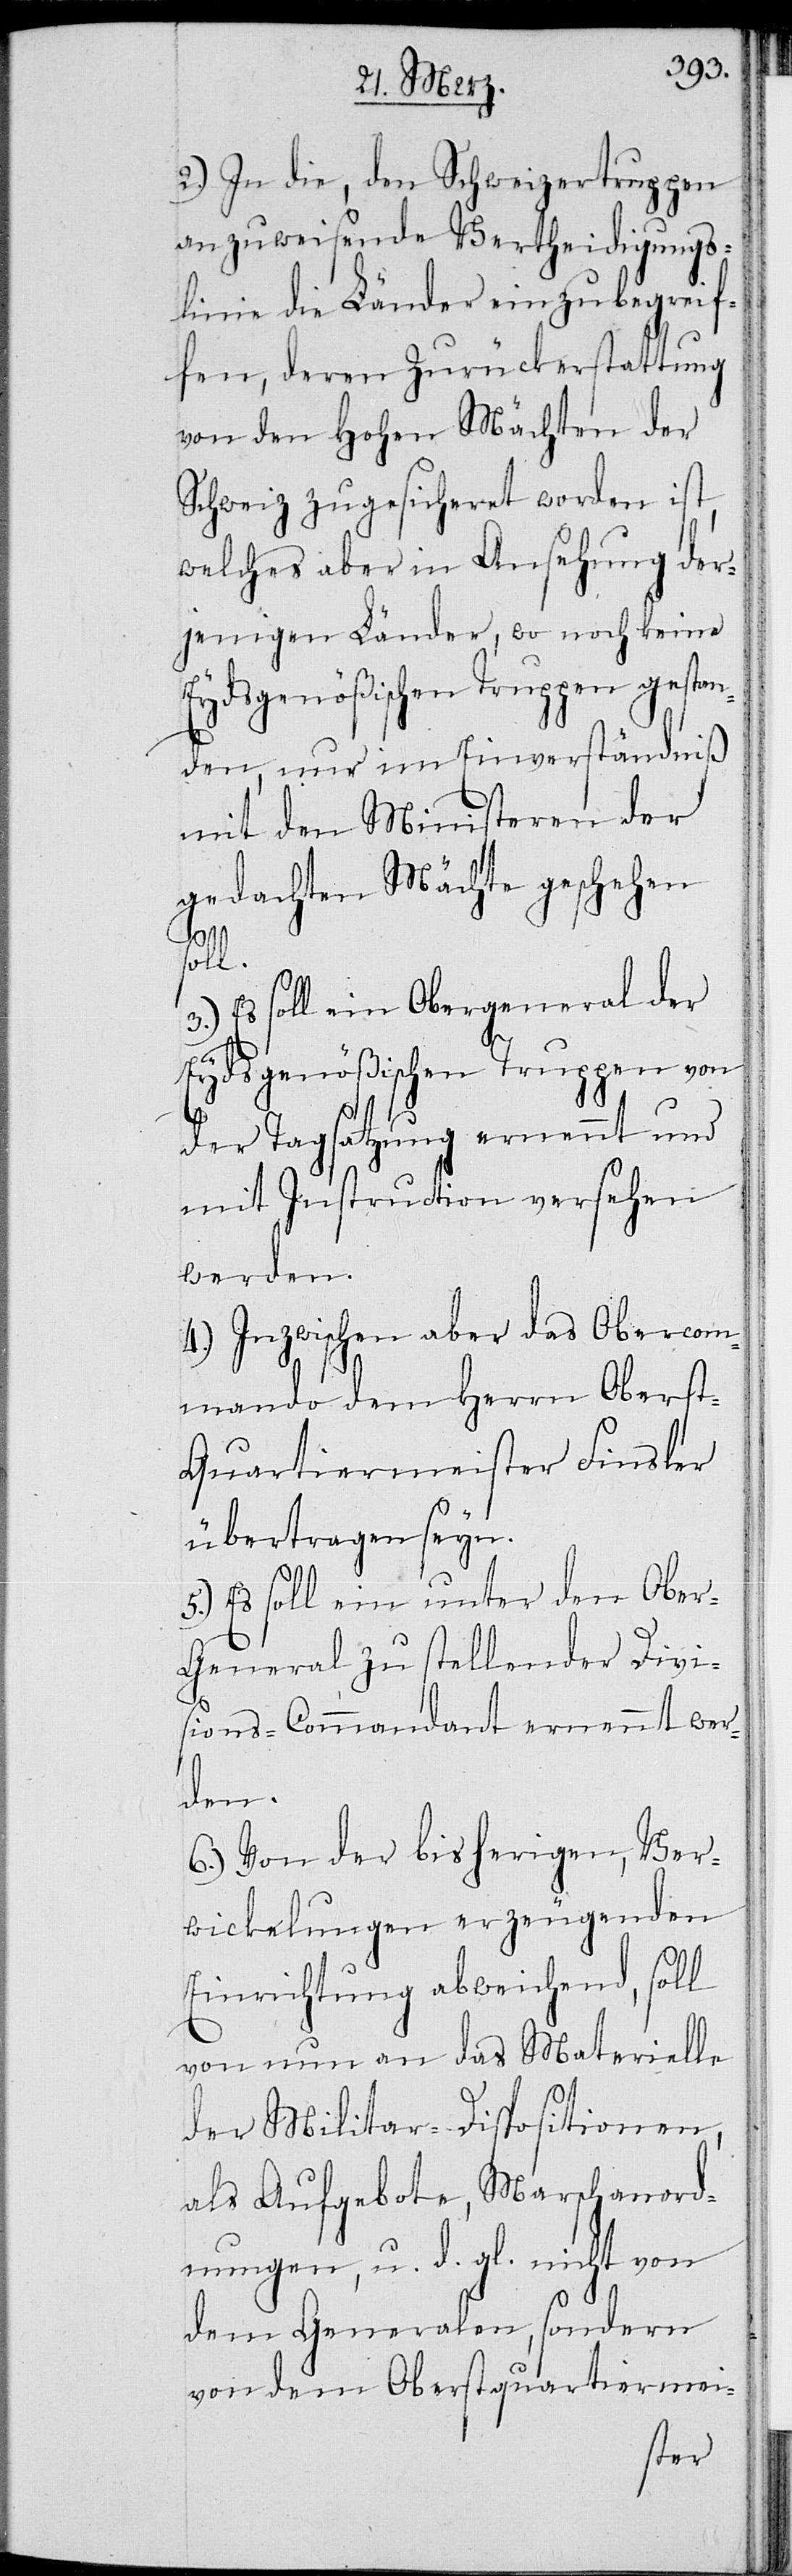
2.) In die, den Schweizertruppen
anzuweisende Verteidigungs¬
linie die Länder einzubegreif¬
fen, deren Zurückerstattung
von den Hohen Mächten der
Schweiz zugesicheret worden ist,
welches aber in Ansehung der¬
jenigen Länder, wo noch keine
Eydsgenößischen Truppen gestan¬
den, nur im Einverständniß
mit den Ministeren der
gedachten Mächte geschehen
soll.
3.) Es soll ein Obergeneral der
Eydsgenößischen Truppen von
der Tagsatzung ernennt und
mit Instruction versehen
werden.
4.) Inzwischen aber das Obercom¬
mando dem Herrn Obers¬
t-Quartiermeister Finsler
übertragen seyn.
5.) Es soll ein unter den Obe¬
r-General zu stellender Divi¬
sions-Commandant ernennt wer¬
den.
6.) Von der bisherigen, Ver¬
wickelungen erzeugenden
Einrichtung abweichend, soll
von nun an das Materielle
der Militar-Dispositionen,
als Aufgebote, Marschanord¬
nungen, u. d. gl. nicht von
dem Generalen, sondern
von dem Oberstquartiermei-